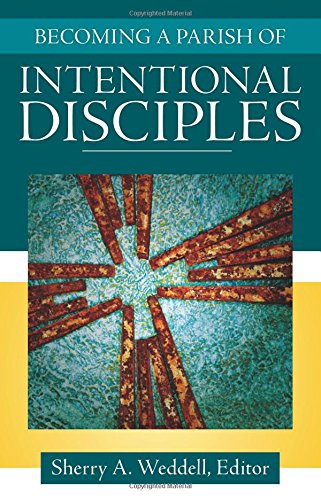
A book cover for Becoming a Parish of Intentional Disciples; Sherry A. Weddell; Christian Books & Bibles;